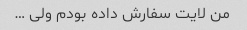
من لایت سفارش داده بودم ولی …